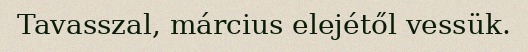
Tavasszal, március elejétől vessük.